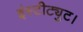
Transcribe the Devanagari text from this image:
इंस्टीट्युट।